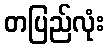
တပြည်လုံး